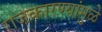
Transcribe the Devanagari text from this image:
राजकारण्यांमुळे